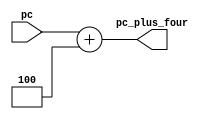
module PCPlus4 (
    input wire [31:0] pc,
    output wire [31:0] pc_plus_four
    );
    assign pc_plus_four = pc + 4;
endmodule